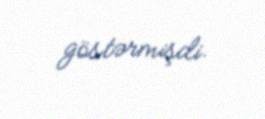
göstərmişdi.